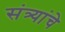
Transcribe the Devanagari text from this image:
संत्र्यांचे